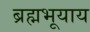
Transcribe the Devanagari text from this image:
ब्रह्मभूयाय